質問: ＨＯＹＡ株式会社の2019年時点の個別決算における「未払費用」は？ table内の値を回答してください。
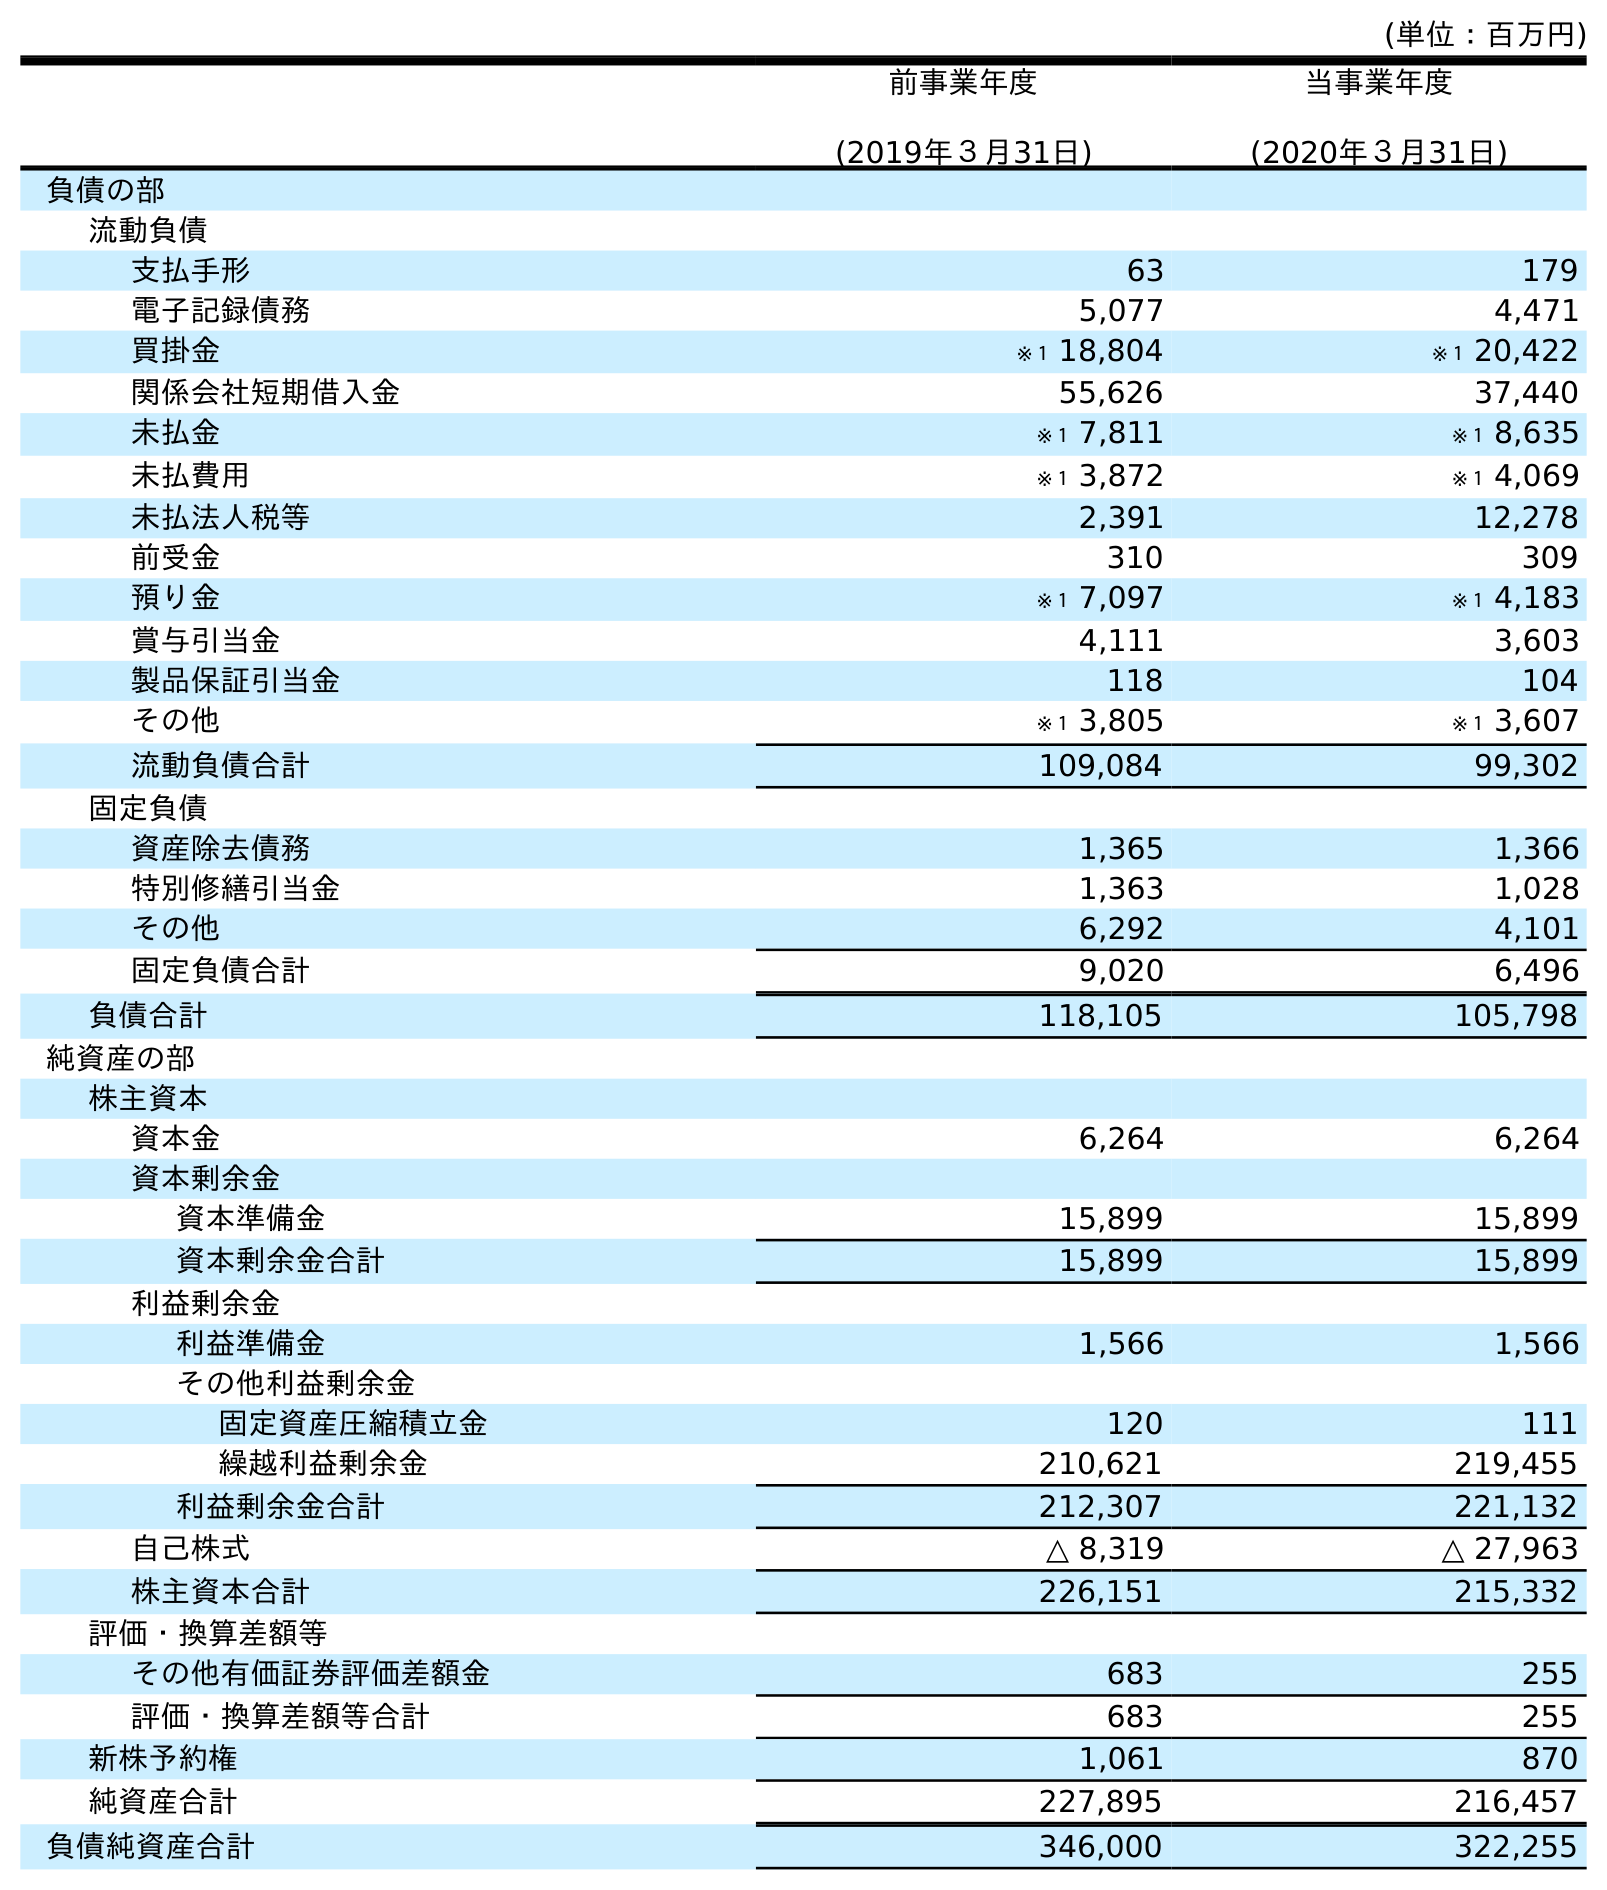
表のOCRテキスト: (単位：百万円) 前事業年度 (2019年３月31日) 当事業年度 (2020年３月31日) 負債の部 流動負債 支払手形 63 179 電子記録債務 5,077 4,471 買掛金 ※１ 18,804 ※１ 20,422 関係会社短期借入金 55,626 37,440 未払金 ※１ 7,811 ※１ 8,635 未払費用 ※１ 3,872 ※１ 4,069 未払法人税等 2,391 12,278 前受金 310 309 預り金 ※１ 7,097 ※１ 4,183 賞与引当金 4,111 3,603 製品保証引当金 118 104 その他 ※１ 3,805 ※１ 3,607 流動負債合計 109,084 99,302 固定負債 資産除去債務 1,365 1,366 特別修繕引当金 1,363 1,028 その他 6,292 4,101 固定負債合計 9,020 6,496 負債合計 118,105 105,798 純資産の部 株主資本 資本金 6,264 6,264 資本剰余金 資本準備金 15,899 15,899 資本剰余金合計 15,899 15,899 利益剰余金 利益準備金 1,566 1,566 その他利益剰余金 固定資産圧縮積立金 120 111 繰越利益剰余金 210,621 219,455 利益剰余金合計 212,307 221,132 自己株式 △ 8,319 △ 27,963 株主資本合計 226,151 215,332 評価・換算差額等 その他有価証券評価差額金 683 255 評価・換算差額等合計 683 255 新株予約権 1,061 870 純資産合計 227,895 216,457 負債純資産合計 346,000 322,255
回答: ※１3,872